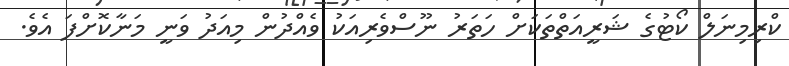
ކްރިމިނަލް ކޯޓުގެ ޝަރީއަތްތަކަށް ހަތަރު ނޫސްވެރިއަކު ވެއްދުން މިއަދު ވަނީ މަނާކޮށްފަ އެވެ.